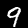
Label: 9